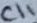
Text: C11